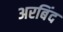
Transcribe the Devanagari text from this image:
अरबिंद